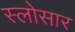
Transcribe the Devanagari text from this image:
स्लोसार